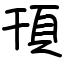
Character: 頇